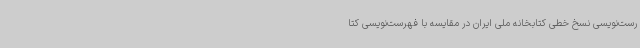
رست‌نویسی نسخ خطی کتابخانه ملی ایران در مقایسه با فهرست‌نویسی کتا